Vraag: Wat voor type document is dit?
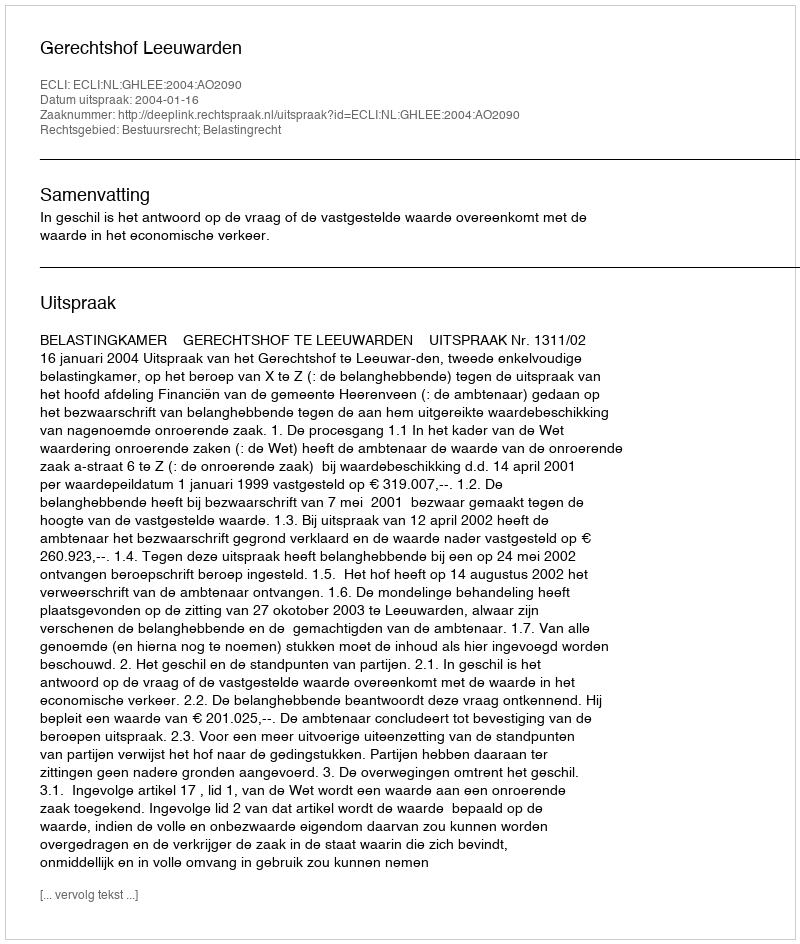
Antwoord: Uitspraak